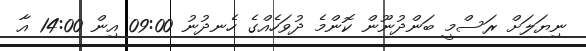
ނިޔަލަށް ރަސްމީ ބަންދުނޫން ކޮންމެ ދުވަހެއްގެ ހެނދުނު 09:00 އިން 14:00 އާ